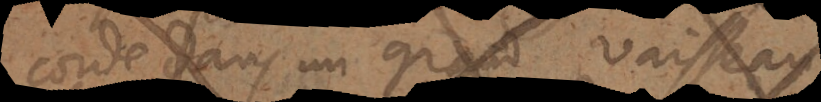
corde dans un grand vaisseau;